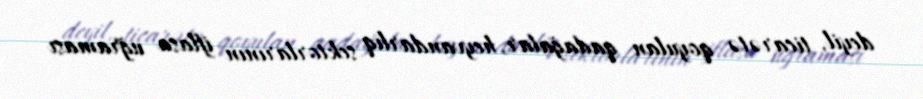
deyil, ticarətə qoyulan qadağalar, heyvandarlıq sektorlarının iflasa uğraması